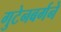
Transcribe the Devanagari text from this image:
गुटेनबर्गने